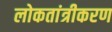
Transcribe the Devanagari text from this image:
लोकतांत्रीकरण